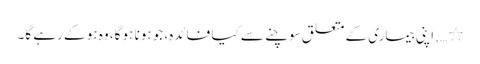
٭ …. اپنی بیماری کے متعلق سوچنے سے کیا فائدہ، جو ہونا ہو گا، وہ ہو کے رہے گا۔